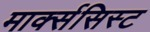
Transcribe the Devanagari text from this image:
मार्क्‍ससिस्‍ट